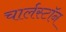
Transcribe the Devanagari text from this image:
चार्लस्टॉन